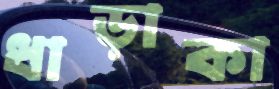
ধাড়াকা